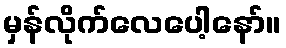
မှန်လိုက်လေပေါ့နော်။